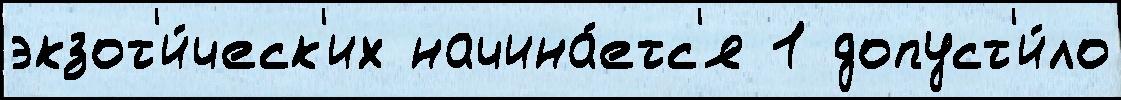
экзот'и́ческ'их начина́етс'я 1 допуст'и́ло